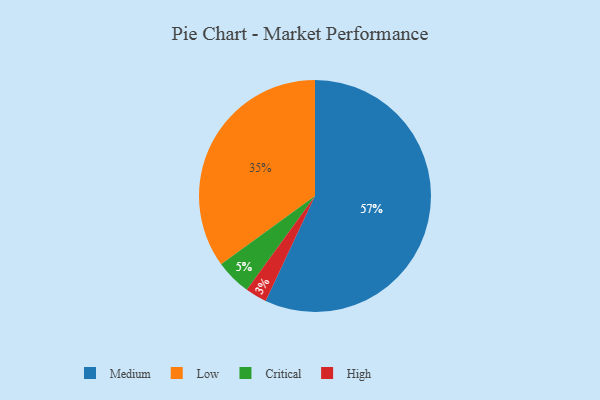
{"axis": {"x": "Category", "y": "Percentage"}, "legend": ["Critical", "High", "Low", "Medium"], "data": [{"x": "Medium", "y": 57, "type": "Medium"}, {"x": "High", "y": 3, "type": "High"}, {"x": "Low", "y": 35, "type": "Low"}, {"x": "Critical", "y": 5, "type": "Critical"}]}